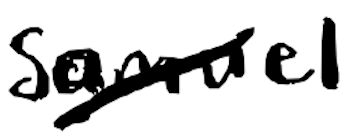
Text: Samuel
Cross-out: diagonal
Writing tool: digital_black